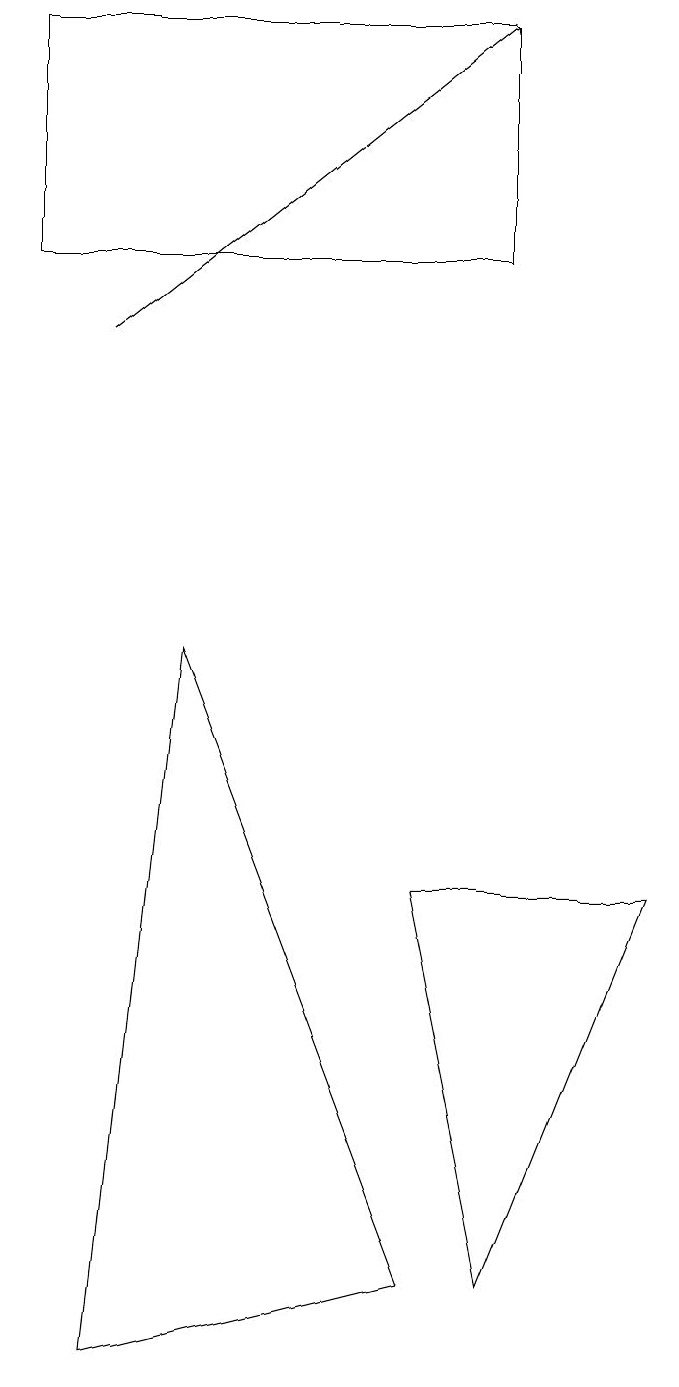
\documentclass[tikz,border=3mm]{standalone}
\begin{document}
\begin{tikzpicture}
\draw (1,17) rectangle (7,14);
\draw[->] (2,13) -- (7,17);
\draw (3,9) -- (6,1) -- (2,0) -- cycle;
\draw (6,6) -- (9,6) -- (7,1) -- cycle;
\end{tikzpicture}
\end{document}